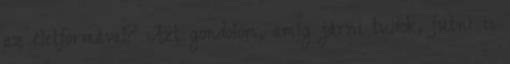
az életformával? Azt gondolom, amíg járni tudok, futni is